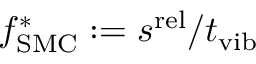
f _ { \mathrm { S M C } } ^ { * } : = s ^ { \mathrm { r e l } } / t _ { \mathrm { v i b } }